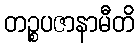
တဉ္စပဇာနာမီတိ